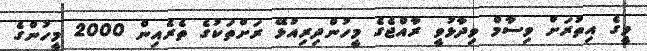
މީގެ އިތުރަށް ވިސާމް ވިދާޅުވީ ރާއްޖެގެ މީހުންދިރިއުޅޭ ރަށްތަކުގެ ތެރެއިން 2000 މީހުންގެ